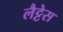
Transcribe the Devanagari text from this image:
लैट्टेस